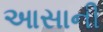
આસાની